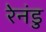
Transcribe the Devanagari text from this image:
रेनंडु